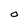
Character: O